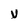
Character: v